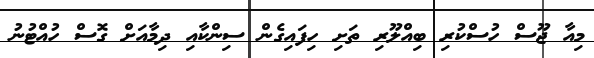
މިއާ ޖޫސް ހުސްކުރި ބިއްލޫރި ތަށި ހިފައިގެން ސިންކާއި ދިމާއަށް ގޮސް ހުއްޓުނު